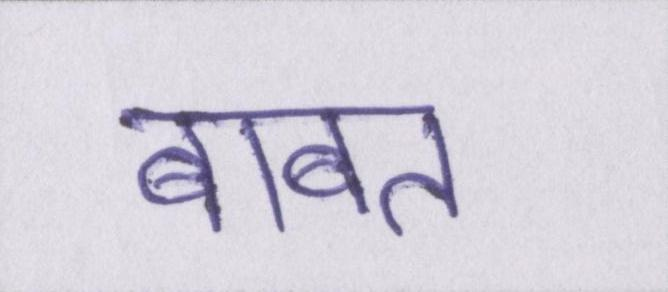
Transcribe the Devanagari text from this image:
बाबत